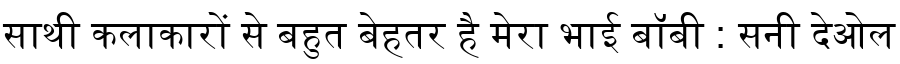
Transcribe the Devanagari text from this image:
साथी कलाकारों से बहुत बेहतर है मेरा भाई बॉबी : सनी देओल